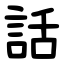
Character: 話